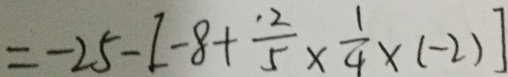
= - 2 5 - [ - 8 + \frac { 1 2 } { 5 } \times \frac { 1 } { 4 } \times ( - 2 ) ]